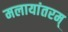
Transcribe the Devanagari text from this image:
मलायांतरम्‌